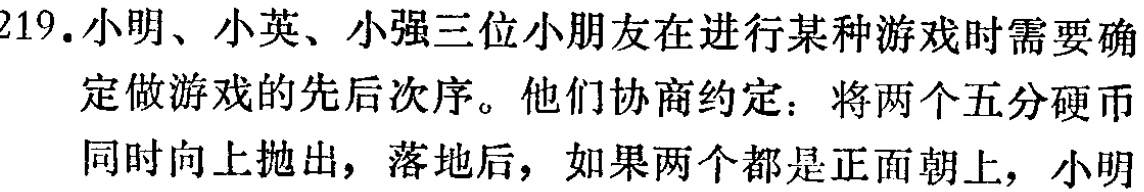
219. 小明、小英、小强三位小朋友在进行某种游戏时需要确定做游戏的先后次序。他们协商约定：将两个五分硬币同时向上抛出，落地后，如果两个都是正面朝上，小明